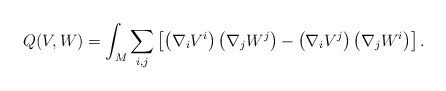
\begin{align*} Q(V,W) = \int_M \sum_{i,j} \left[ \left( \nabla_i V^i \right) \left( \nabla_j W^j \right) -\left( \nabla_i V^j \right) \left( \nabla_j W^i \right) \right]. \end{align*}